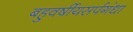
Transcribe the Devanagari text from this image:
बहुवर्षीयसर्पगंधा